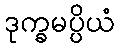
ဒုက္ခမပ္ပိယံ